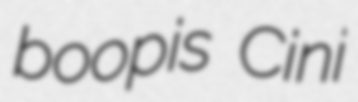
boopis Cini